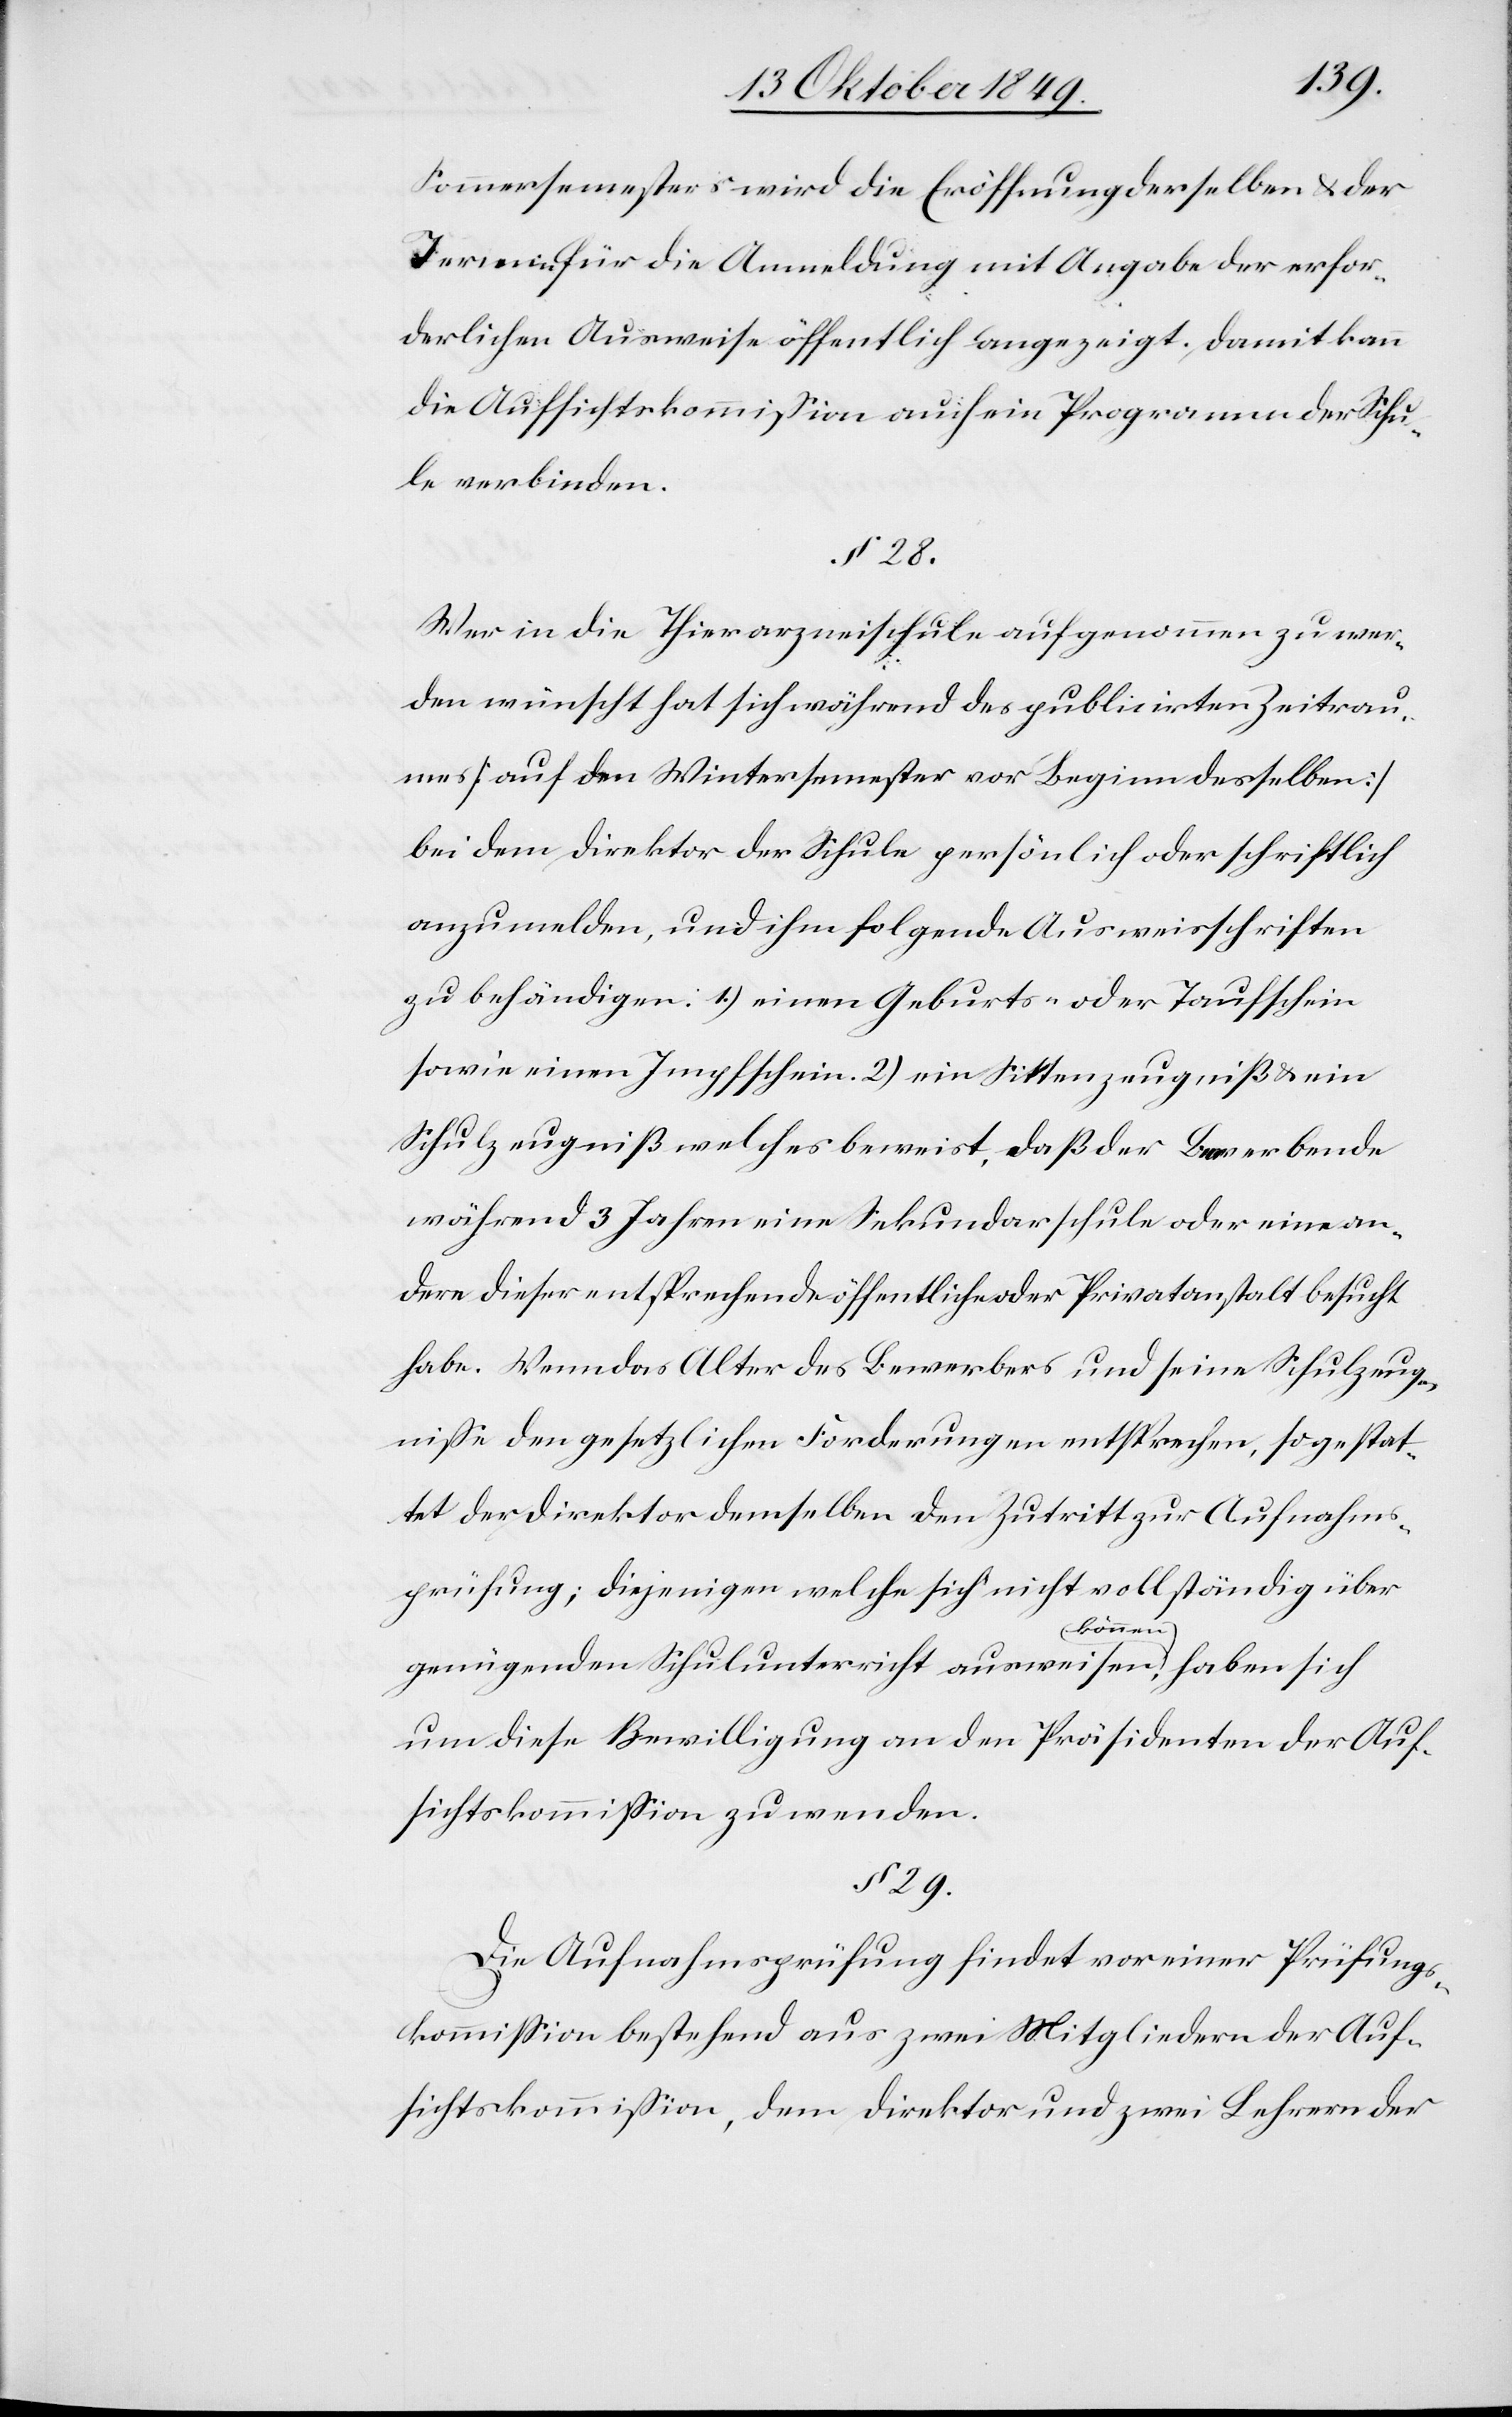
Sommersemesters wird die Eröffnung derselben u. der
Termine für die Anmeldung mit Ausgabe der erfor¬
derlichen Ausweise öffentlich angezeigt. Damit kann
die Aufsichtskommißion auch ein Programm der Schu¬
le verbinden.
§ 28
Wer in die Thierarzneischule aufgenommen zu wer¬
den wünscht hat sich während des publicirten Zeitrau¬
mes [auf die Wintersemester vor Beginn desselben]
bei dem Direktor der Schule persönlich oder schriftlich
anzumelden, und ihm folgende Ausweisschriften
zu behändigen: 1.) einen Geburts- oder Taufschein
sowie einen Taufschein. 2) ein Sittenzeugniß u. ein
Schulzeugniß welches beweist, daß der Bewerbende
während 3 Jahren eine Sekundarschule oder eine an¬
dere dieser entsprechenden öffentliche oder Privatanstalt besucht
habe. Wenn das Alter des Bewerbers und seine Schulzeug¬
niße den gesetzlichen Forderungen entsprechen, so gestat¬
tet der Direktor demselben den Zutritt zur Aufnahms¬
prüfung; diejenigen welche sich nicht vollständig über
genügenden Schulunterricht ausweisen können, haben sich
um diese Bewilligung an den Präsidenten der Auf¬
sichtskommißion zu wenden.
§ 29.
Die Aufnahmsprüfung findet vor einer Prüfungs¬
kommißion bestehend aus zwei Mitgliedern der Auf¬
sichtskommißion, dem Direktor und zwei Lehrern der